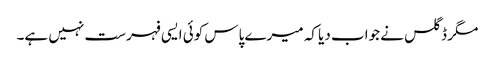
مگر ڈگلس نے جواب دیا کہ میرے پاس کوئی ایسی فہرست نہیں ہے۔